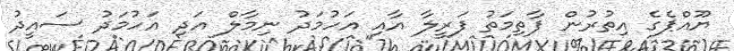
ޔޫއްޕެގެ އިތުރުން ފާތިމަތު ފަރީލާ އާއި އަހުމަދު ނިމާލް އަދި އަހުމަދު ސައީދު